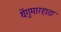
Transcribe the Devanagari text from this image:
थेंगुमारहाडा